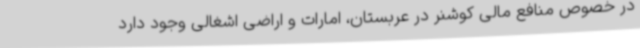
در خصوص منافع مالی کوشنر در عربستان، امارات و اراضی اشغالی وجود دارد